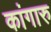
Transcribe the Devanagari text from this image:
कांगारु